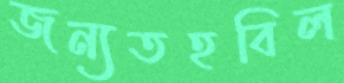
জন্যতহবিল